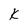
Character: k